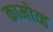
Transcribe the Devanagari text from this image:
कामोव्ह